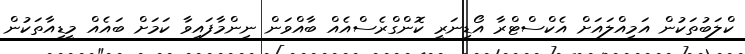
ކްލަބުތަކުން އަމިއްލައަށް އެކްސްޓްރާ އޯޑިނަރީ ކޮންގްރެސްއެއް ބާއްވަން ނިންމާފައިވާ ކަމަށް ބައެއް މީޑިއާތަކުން